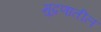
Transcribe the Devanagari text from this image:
मुद्रणातील